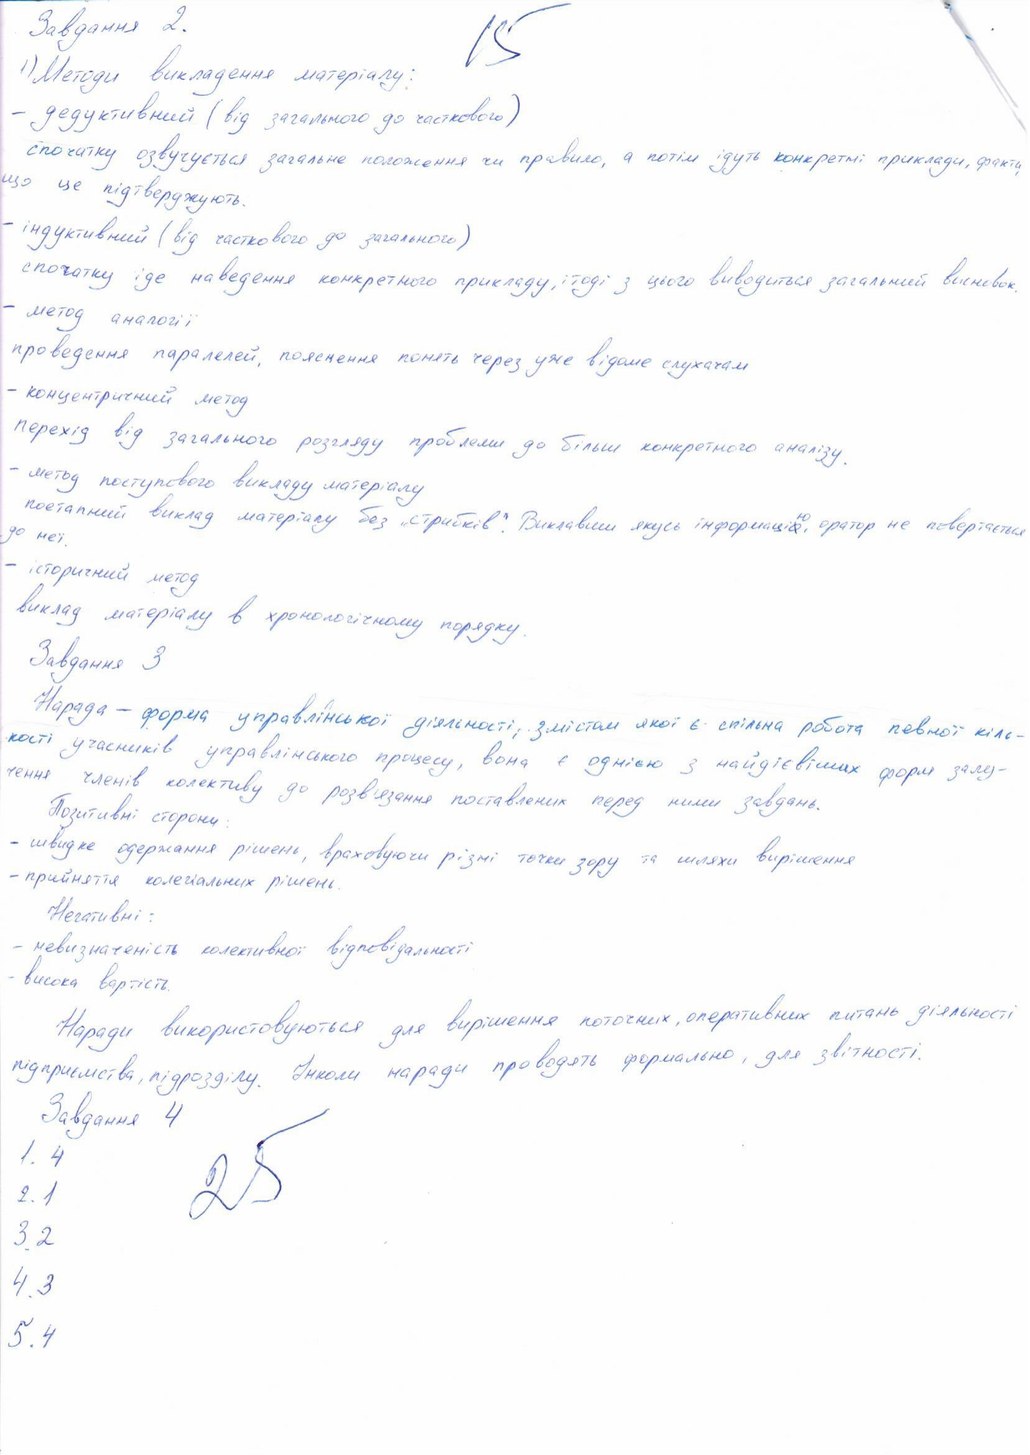
15
Завдання 2.
1) Методи викладення матеріалу:
- дедуктивний (від загального до часткового)
спочатку озвучується загальне положення чи правило, а потім ідуть конкретні приклади, факти
що це підтверджують.
- індуктивний (від часткового до загального)
спочатку іде наведення конкретного прикладу, і тоді з цього виводиться загальний висновок.
метод аналогії
проведення паралелей, пояснення понять через уже відоме слухачам
- концентричний метод
перехід від загального розгляду проблеми до більш конкретного аналізу.
- метод поступового викладу матеріалу
поетапний виклад матеріалу без "стрибків". Виклавши якусь інформацію, оратор не повертається
до неї.
- історичний метод
виклад матеріалу в хронологічному порядку.
Завдання 3
Нарада - форма управлінської діяльності, змістом якої є спільна робота певної кіль-
кості учасників управлінського процесу, вона є однією з найдієвіших форм залу-
чення членів колективу до розв'язання поставлених перед ними завдань.
Позитивні сторони:
- швидке одержання рішень, враховуючи різні точки зору та шляхи вирішення
- прийняття колегіальних рішень.
Негативні:
- невизначеність колективної відповідальності
- висока вартість.
Наради використовуються для вирішення поточних, оперативних питань діяльності
підприємства, підрозділу. Інколи наради проводять формально, для звітності
Завдання 4
25
1. 4
2. 1
3.2
4.3
5.4